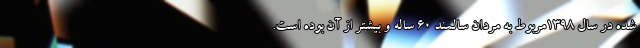
شده در سال ۱۳۹۸مربوط به مردان سالمند ۶۰ ساله و بیشتر از آن بوده است.